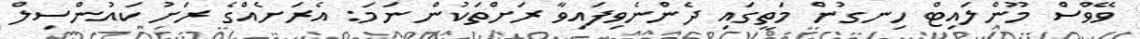
ވޭވްސް މޫންލައިޓް ހިނގުން މަތީގައި ދެންނެވިފައިވާ ރަށްތަކުން ނަމަ: އެރަށެއްގެ ރަށު ކައުންސިލް